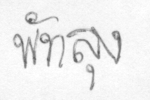
พัทลุง